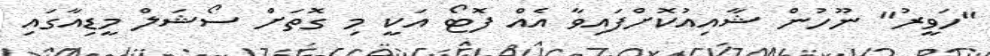
"ހަވީރު" ނޫހުން ޝާއިއުކޮށްފައިވާ އެއް ފޮޓޯ އަކީ މި ގޮތަށް ސޯޝަލް މީޑިއާގައި